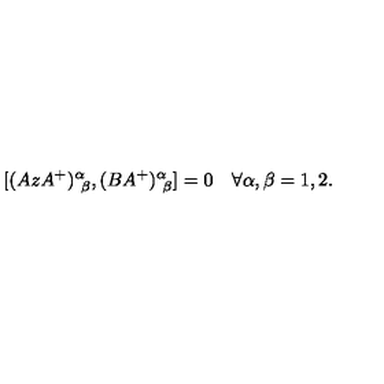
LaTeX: [ ( A z A ^ { + } ) _ { \ \beta } ^ { \alpha } , ( B A ^ { + } ) _ { \ \beta } ^ { \alpha } ] = 0 \quad \forall \alpha , \beta = 1 , 2 .